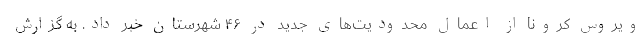
ویروس کرونا از اعمال محدودیت‌های جدید در ۴۶ شهرستان خبر داد. به گزارش